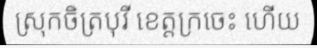
ស្រុកចិត្របុរី ខេត្តក្រចេះ ហើយ